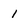
Character: 1